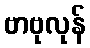
ဗာဗုလုန်